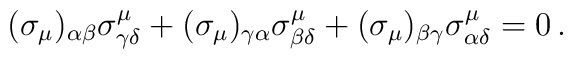
(\sigma_{\mu})_{\alpha \beta}\sigma^{\mu}_{\gamma \delta} +  (\sigma_{\mu})_{\gamma \alpha}\sigma^{\mu}_{\beta \delta} +  (\sigma_{\mu})_{\beta \gamma}\sigma^{\mu}_{\alpha \delta}= 0 \, .